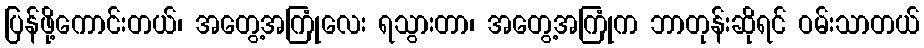
ပြန်ဖို့ကောင်းတယ်၊ အတွေ့အကြုံလေး ရသွားတာ၊ အတွေ့အကြုံက ဘာတုန်းဆိုရင် ဝမ်းသာတယ်